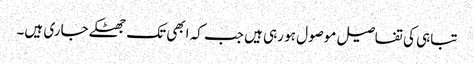
تباہی کی تفاصیل موصول ہو رہی ہیں جب کہ ابھی تک جھٹکے جاری ہیں۔